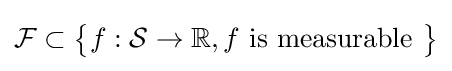
{\mathcal {F}}\subset {\bigl \{}f:{\mathcal {S}}\to \mathbb {R} ,f{\mbox{ is measurable}}\ {\bigr \}}